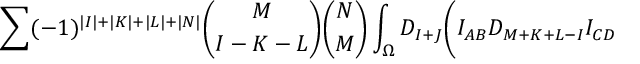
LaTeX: \sum ( - 1 ) ^ { \vert I \vert + \vert K \vert + \vert L \vert + \vert N \vert } { \binom { M } { I - K - L } } { \binom { N } { M } } \int _ { \Omega } D _ { I + J } \Biggl ( I _ { A B } D _ { M + K + L - I } I _ { C D }